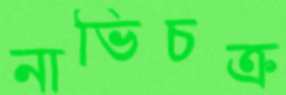
নাভিচক্র